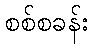
စစ်စခန်း